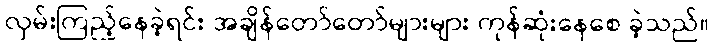
လှမ်းကြည့်နေခဲ့ရင်း အချိန်တော်တော်များများ ကုန်ဆုံးနေစေ ခဲ့သည်။